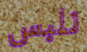
نلبس